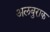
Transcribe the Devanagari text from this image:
अलबुराक